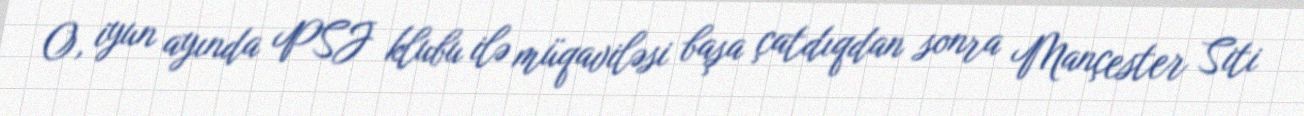
O, iyun ayında PSJ klubu ilə müqaviləsi başa çatdıqdan sonra Mançester Siti